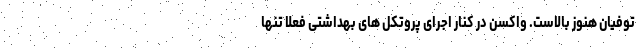
توفیان هنوز بالاست. واکسن در کنار اجرای پروتکل های بهداشتی فعلا تنها